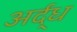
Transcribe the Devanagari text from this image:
अर्द्‌ध